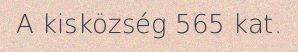
A kisközség 565 kat.